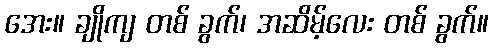
အေး။ ချိုကျ တစ် ခွက်၊ အဆိမ့်လေး တစ် ခွက်။